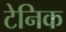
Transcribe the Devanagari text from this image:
टेनिक